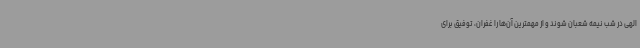
الهی در شب نیمه شعبان شوند و از مهمترین آن‌ها را غفران، توفیق برای